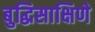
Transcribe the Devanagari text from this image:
बुद्धिसाक्षिणे